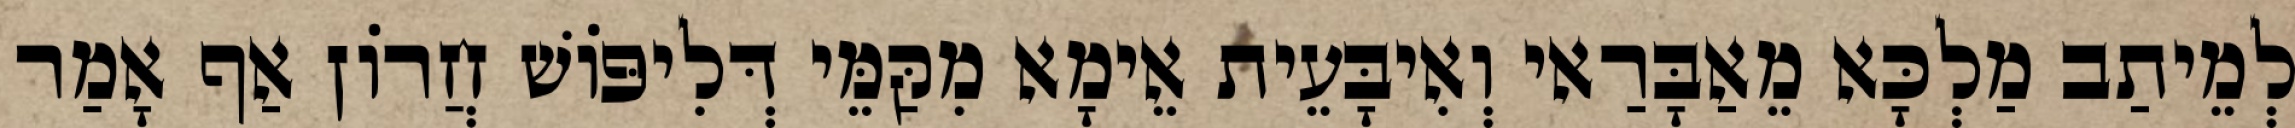
לְמֵיתַב מַלְכָּא מֵאַבָּרַאי וְאִיבָּעֵית אֵימָא מִקַּמֵּי דְּלִיפּוֹשׁ חֲרוֹן אַף אָמַר